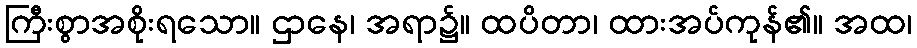
ကြီးစွာအစိုးရသော။ ဌာနေ၊ အရာ၌။ ထပိတာ၊ ထားအပ်ကုန်၏။ အထ၊